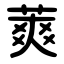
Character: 䔪